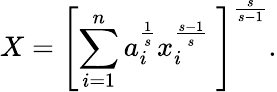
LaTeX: X=\left[\sum_{i=1}^{n}a_{i}^{\frac{1}{s}}x_{i}^{\frac{s-1}{s}}\ \right]^{\frac{s}{s-1}}.